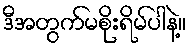
ဒီအတွက်မစိုးရိမ်ပါနဲ့။